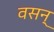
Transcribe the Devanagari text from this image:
वसन्